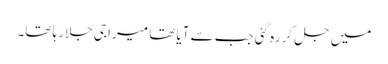
میں جل کر رہ گئی جب سے آیا تھا میرا جی جلا رہا تھا۔